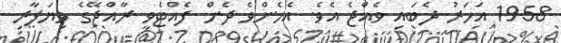
1958 އަހަރު ދެބައި ވެއްޖެ އެވެ. އެހެންވެ ދެން ފެއްޓެވީ ރާއްޖޭގެ ވިޔަފާރި